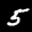
Label: 5